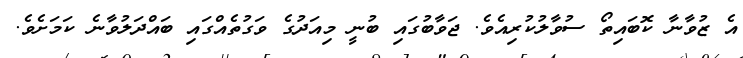
އެ ޒުވާނާ ކޮބައިތޯ ސުވާލުކުރިއެވެ. ޖަވާބުގައި ބުނީ މިއަދުގެ ވަގުތެއްގައި ބައްދަލުވާނެ ކަމަށެވެ.